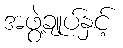
အဖွဲ့ချုပ်နှင့်